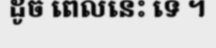
ដូច ពេលនេះ ទេ ។